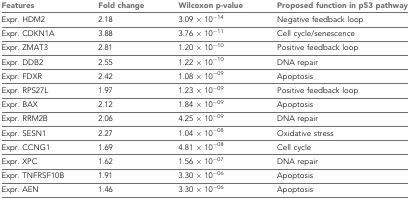
| Features | Fold change | Wilcoxon p-value | Proposed function in p53 pathway |
 | --- | --- | --- | --- |
 | Expr. HDM2 | 2.18 | 3.09 × 10−14 | Negative feedback loop |
 | Expr. CDKN1A | 3.88 | 3.76 × 10−11 | Cell cycle/senescence |
 | Expr. ZMAT3 | 2.81 | 1.20 × 10−10 | Positive feedback loop |
 | Expr. DDB2 | 2.55 | 1.22 × 10−10 | DNA repair |
 | Expr. FDXR | 2.42 | 1.08 × 10−09 | Apoptosis |
 | Expr. RPS27L | 1.97 | 1.23 × 10−09 | Positive feedback loop |
 | Expr. BAX | 2.12 | 1.84 × 10−09 | Apoptosis |
 | Expr. RRM2B | 2.06 | 4.25 × 10−09 | DNA repair |
 | Expr. SESN1 | 2.27 | 1.04 × 10−08 | Oxidative stress |
 | Expr. CCNG1 | 1.69 | 4.81 × 10−08 | Cell cycle |
 | Expr. XPC | 1.62 | 1.56 × 10−07 | DNA repair |
 | Expr. TNFRSF10B | 1.91 | 3.30 × 10−06 | Apoptosis |
 | Expr. AEN | 1.46 | 3.30 × 10−06 | Apoptosis |